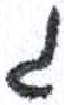
אות: ג